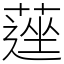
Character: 𦹇